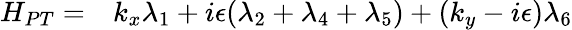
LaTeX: \begin{array}{rl}{H_{PT}=}&{{}k_{x}\lambda_{1}+i\epsilon(\lambda_{2}+\lambda_{4}+\lambda_{5})+(k_{y}-i\epsilon)\lambda_{6}}\end{array}